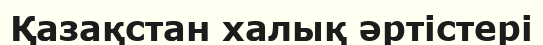
Қазақстан халық әртістері